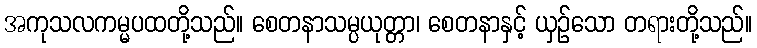
အကုသလကမ္မပထတို့သည်။ စေတနာသမ္ပယုတ္တာ၊ စေတနာနှင့် ယှဉ်သော တရားတို့သည်။